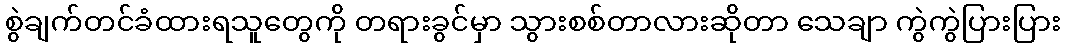
စွဲချက်တင်ခံထားရသူတွေကို တရားခွင်မှာ သွားစစ်တာလားဆိုတာ သေချာ ကွဲကွဲပြားပြား